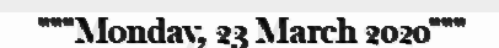
"""Monday, 23 March 2020"""